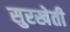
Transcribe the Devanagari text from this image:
सुरखेती